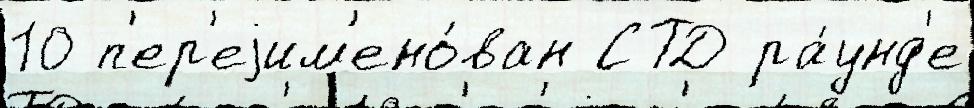
10 п'ер'еjим'ено́ван СТД ра́унд'е